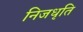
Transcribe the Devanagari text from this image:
निजधृति